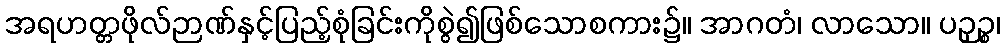
အရဟတ္တဖိုလ်ဉာဏ်နှင့်ပြည့်စုံခြင်းကိုစွဲ၍ဖြစ်သောစကား၌။ အာဂတံ၊ လာသော။ ပဉှဉ္စ၊